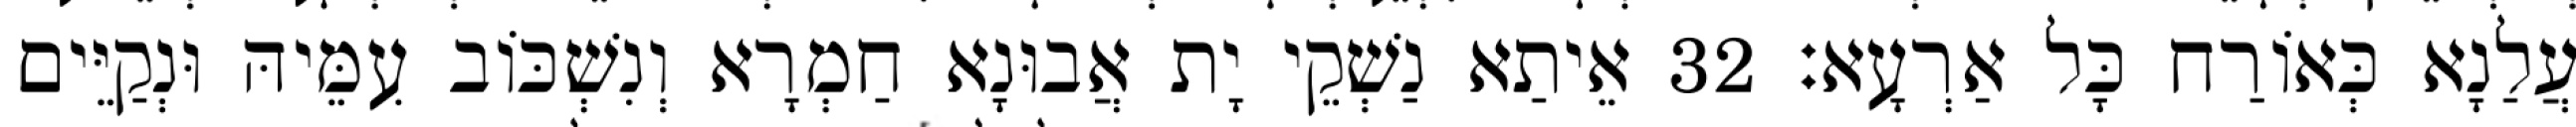
עֲלַנָא כְּאוֹרַח כָּל אַרְעָא׃ 32 אֵיתַא נַשְׁקֵי יָת אֲבוּנָא חַמְרָא וְנִשְׁכּוֹב עִמֵּיהּ וּנְקַיֵּים